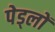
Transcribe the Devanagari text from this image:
पेड्लों